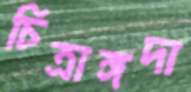
চিত্রাঙ্গদা